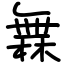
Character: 橆